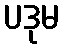
ပဒုမ